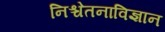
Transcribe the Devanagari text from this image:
निश्चेतनाविज्ञान